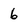
Character: 6